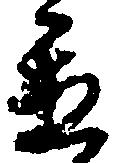
置